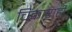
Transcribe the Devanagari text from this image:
चिंकाराही